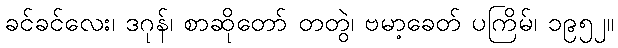
ခင်ခင်လေး၊ ဒဂုန်၊ စာဆိုတော် တတွဲ၊ ဗမာ့ခေတ် ပကြိမ်၊ ၁၉၅၂။